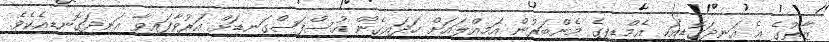
ޒާތުގެ އެ އަނދަގޮޑިއަކީ އެމްޑީޕީގެ މެންބަރުން އަމިއްލައަށް ހަދައިގެން އުސްފަސްގަނޑަށް އަރުވާފައިވާ އަނދަގޮނޑިއެކެވެ.